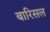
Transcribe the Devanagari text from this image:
बारिसल